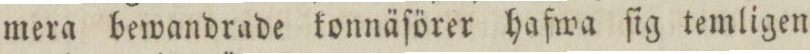
mera bewandrade konnäſörer hafwa ſig temligen